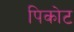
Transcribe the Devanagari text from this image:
पिकोट